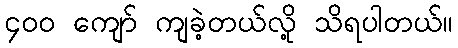
၄၀၀ ကျော် ကျခဲ့တယ်လို့ သိရပါတယ်။